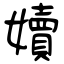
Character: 嬻